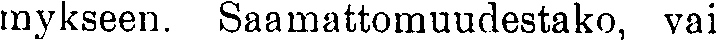
mykseen. Saamattomuudestako, vai